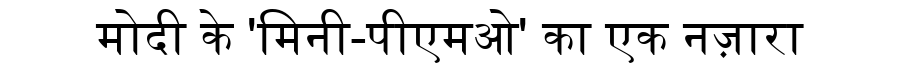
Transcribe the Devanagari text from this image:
मोदी के 'मिनी-पीएमओ' का एक नज़ारा